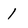
Character: 1